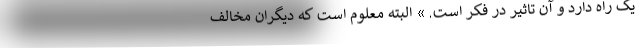
یک راه دارد و آن تاثیر در فکر است. » البته معلوم است که دیگران مخالف